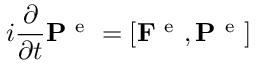
i \frac { \partial } { \partial t } \mathbf { P } ^ { \mathrm { ~ e ~ } } = \left[ \mathbf { F } ^ { \mathrm { ~ e ~ } } , \mathbf { P } ^ { \mathrm { ~ e ~ } } \right]